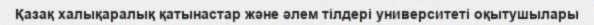
Қазақ халықаралық қатынастар және әлем тілдері университеті оқытушылары